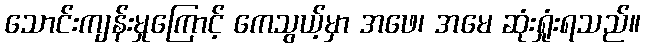
သောင်းကျန်းမှုကြောင့် ကေသွယ့်မှာ အဖေ၊ အမေ ဆုံးရှုံးရသည်။